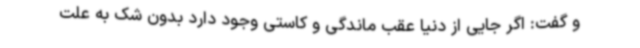
و گفت: اگر جایی از دنیا عقب ماندگی و کاستی وجود دارد بدون شک به علت